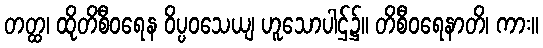
တတ္ထ၊ ထိုတိစီဝရေန ဝိပ္ပဝသေယျ ဟူသောပါဌ်၌။ တိစီဝရေနာတိ၊ ကား။